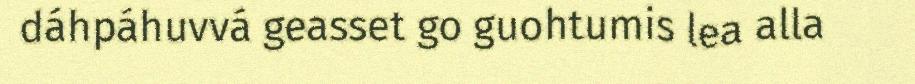
dáhpáhuvvá geasset go guohtumis lea alla